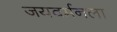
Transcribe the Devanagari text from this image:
जयवर्मनला